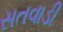
સતવાડી